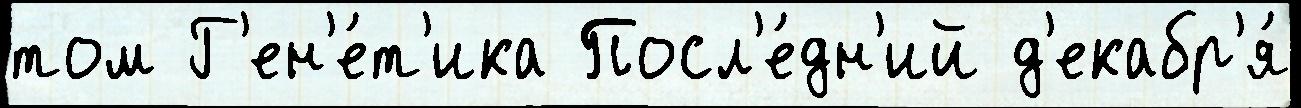
том Г'ен'е́т'ика Посл'е́дн'ий д'екабр'я́